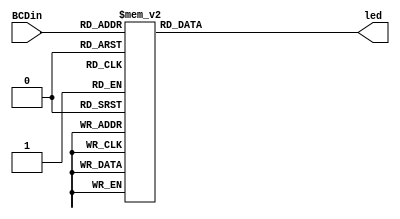
module BCD_decoder(BCDin,led);
	input [3:0]BCDin;
	output reg [1:7]led;
	
	always @(BCDin)
		case(BCDin)   //abcdefg
			0:  led = 7'b0000001; //and O
			1:  led = 7'b1001111;
			2:  led = 7'b0010010;
			3:  led = 7'b0000110;
			4:  led = 7'b1001100;
			5:  led = 7'b0100100;
			6:  led = 7'b1100000;
			7:  led = 7'b0001111;
			8:  led = 7'b0000000;
			9:  led = 7'b0001100;
			10: led = 7'b0100001; //G
			11: led = 7'b0000000; //B
			12: led = 7'b1000001; //U
			13: led = 7'b0111000; //F
			14: led = 7'b0100100; //S
			15: led = 7'b1111111; //space
			default: led=7'b1111111;
		endcase

endmodule